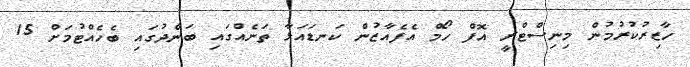
ހާޒިރުކުރުމުން މިނިސްޓްރީ އޮފް ހޯމް އެފެއާޒުން ކަނޑައަޅާ ތަނެއްގައި ބަންދުގައި ބެހެއްޓުމަށް 15